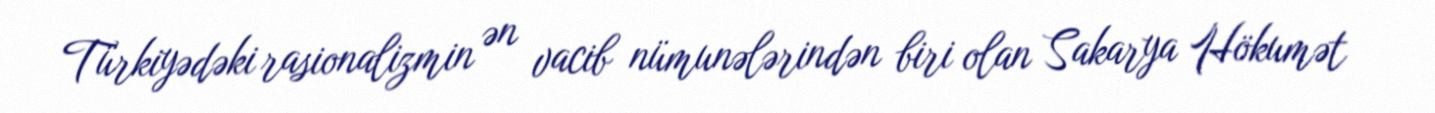
Türkiyədəki rasionalizmin ən vacib nümunələrindən biri olan Sakarya Hökumət